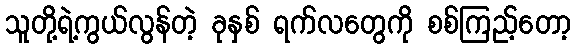
သူတို့ရဲ့ကွယ်လွန်တဲ့ ခုနှစ် ရက်လတွေကို စစ်ကြည့်တော့